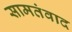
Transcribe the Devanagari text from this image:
सामतंवाद